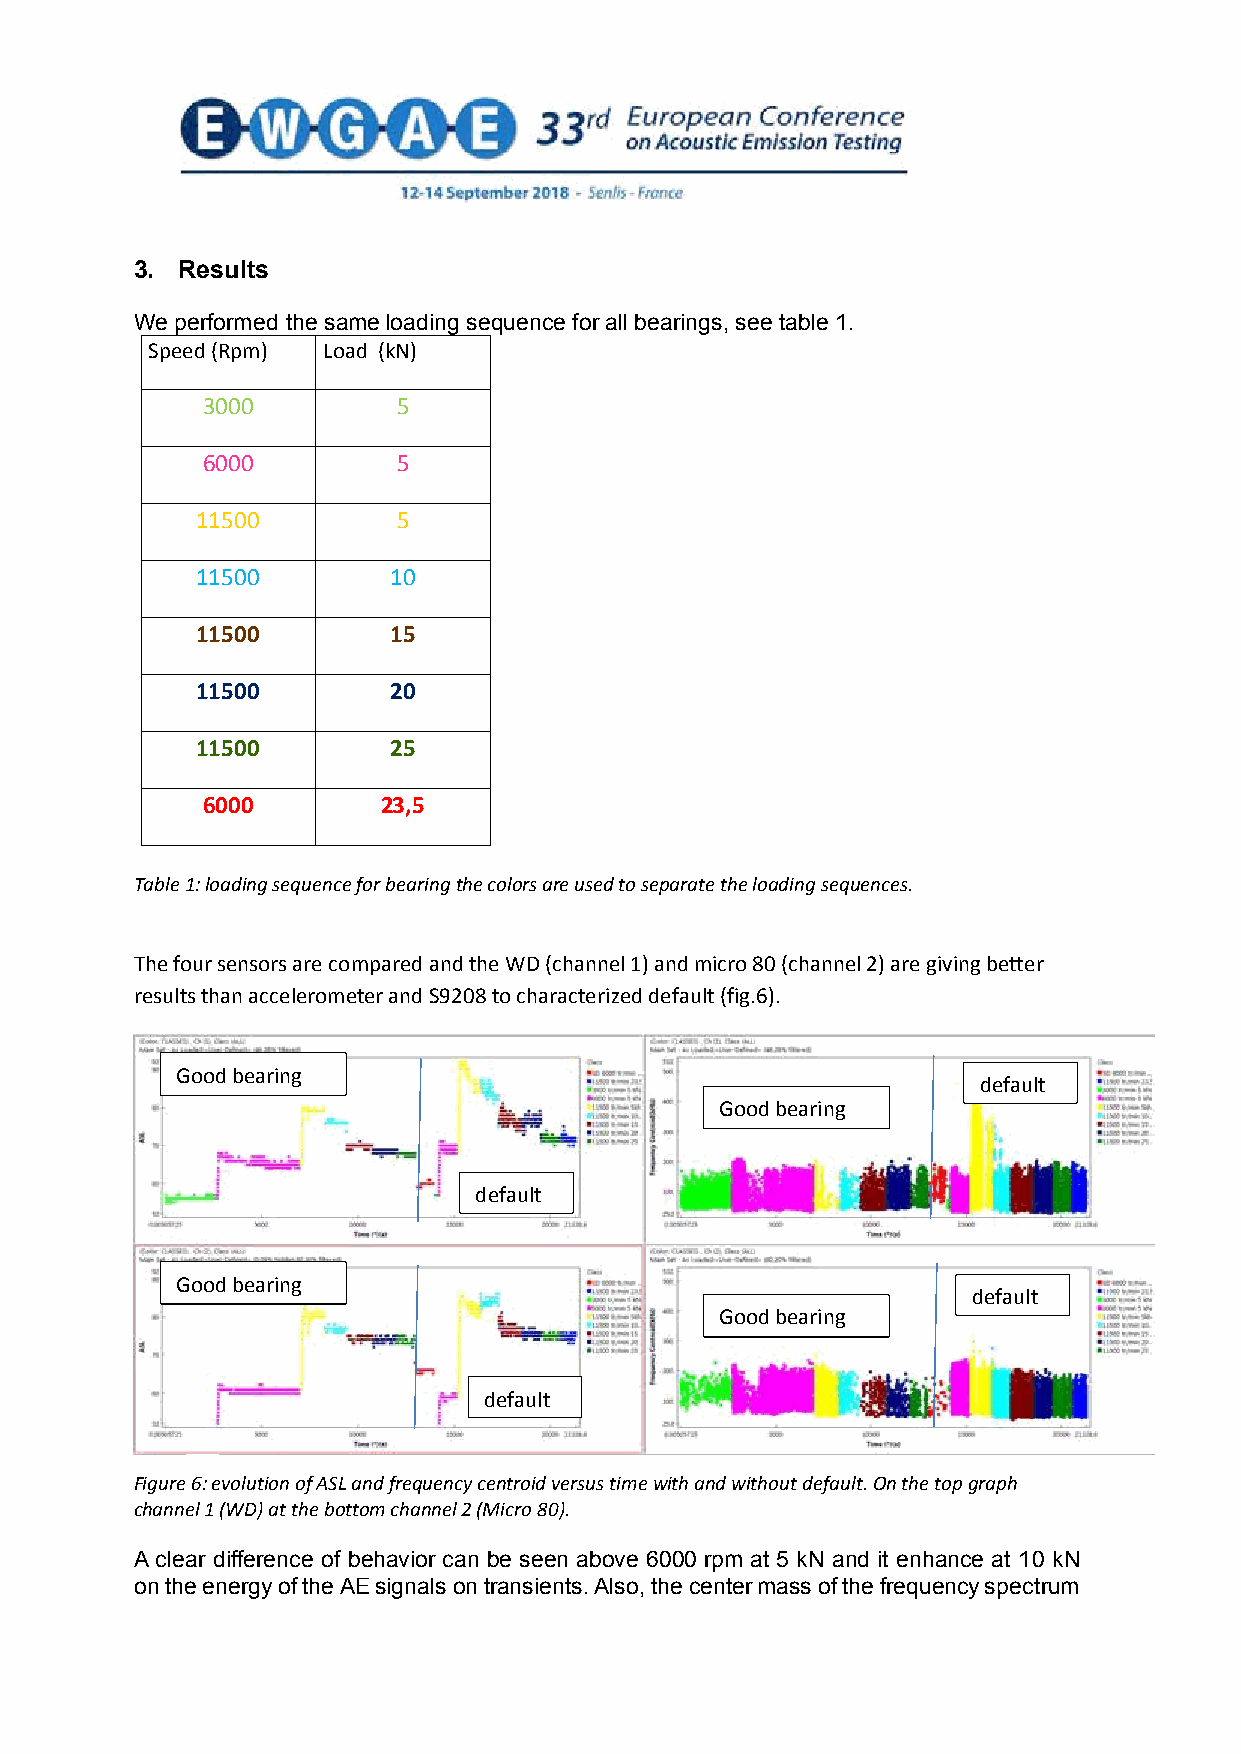
3. Results
 We performed the same loading sequence for all bearings, see table 1.
 Speed (Rpm) Load (kN)
 3000         5
 6000         5
 11500        5
 11500        10
 11500        15
 11500        20
 11500        25
 6000        23,5
 Table 1: loading sequence for bearing the colors are used to separate the loading sequences.
 The four sensors are compared and the WD (channel 1) and micro 80 (channel 2) are giving better
 results than accelerometer and S9208 to characterized default (fig.6).
 Good bearing
 default
 Good bearing
 default
 Good bearing
 default
 Good bearing
 default
 Figure 6: evolution of ASL and frequency centroid versus time with and without default. On the top graph
 channel 1 (WD) at the bottom channel 2 (Micro 80).
 A clear difference of behavior can be seen above 6000 rpm at 5 kN and it enhance at 10 kN
 on the energy of the AE signals on transients. Also, the center mass of the frequency spectrum
 7